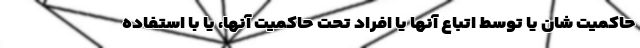
حاکمیت شان یا توسط اتباع آنها یا افراد تحت حاکمیت آنها، یا با استفاده